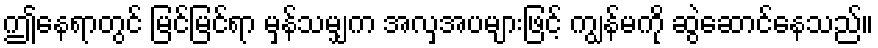
ဤနေရာတွင် မြင်မြင်ရာ မှန်သမျှက အလှအပများဖြင့် ကျွန်မကို ဆွဲဆောင်နေသည်။